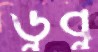
ডুবু